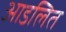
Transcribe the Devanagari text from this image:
आडलित